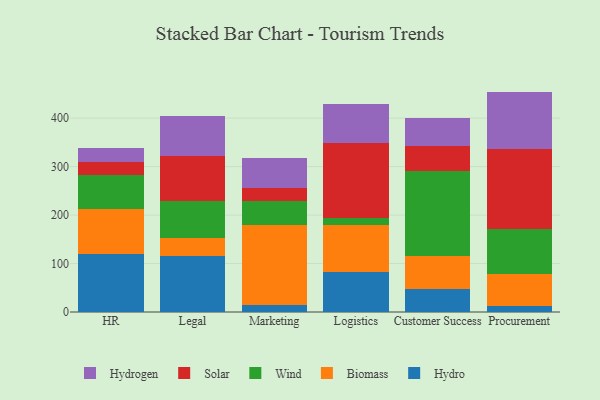
{"axis": {"x": "Department", "y": "Population (Million)"}, "legend": ["Biomass", "Hydro", "Hydrogen", "Solar", "Wind"], "data": [{"x": "HR", "y": 120.4, "type": "Hydro"}, {"x": "HR", "y": 91.4, "type": "Biomass"}, {"x": "HR", "y": 70.1, "type": "Wind"}, {"x": "HR", "y": 28.6, "type": "Solar"}, {"x": "HR", "y": 27.1, "type": "Hydrogen"}, {"x": "Legal", "y": 114.7, "type": "Hydro"}, {"x": "Legal", "y": 37.1, "type": "Biomass"}, {"x": "Legal", "y": 76.5, "type": "Wind"}, {"x": "Legal", "y": 93.6, "type": "Solar"}, {"x": "Legal", "y": 81.9, "type": "Hydrogen"}, {"x": "Marketing", "y": 15.0, "type": "Hydro"}, {"x": "Marketing", "y": 163.7, "type": "Biomass"}, {"x": "Marketing", "y": 50.3, "type": "Wind"}, {"x": "Marketing", "y": 27.9, "type": "Solar"}, {"x": "Marketing", "y": 61.4, "type": "Hydrogen"}, {"x": "Logistics", "y": 82.1, "type": "Hydro"}, {"x": "Logistics", "y": 98.1, "type": "Biomass"}, {"x": "Logistics", "y": 14.6, "type": "Wind"}, {"x": "Logistics", "y": 153.5, "type": "Solar"}, {"x": "Logistics", "y": 80.2, "type": "Hydrogen"}, {"x": "Customer Success", "y": 48.0, "type": "Hydro"}, {"x": "Customer Success", "y": 68.2, "type": "Biomass"}, {"x": "Customer Success", "y": 174.9, "type": "Wind"}, {"x": "Customer Success", "y": 51.6, "type": "Solar"}, {"x": "Customer Success", "y": 57.5, "type": "Hydrogen"}, {"x": "Procurement", "y": 12.5, "type": "Hydro"}, {"x": "Procurement", "y": 65.0, "type": "Biomass"}, {"x": "Procurement", "y": 93.1, "type": "Wind"}, {"x": "Procurement", "y": 165.6, "type": "Solar"}, {"x": "Procurement", "y": 118.6, "type": "Hydrogen"}]}